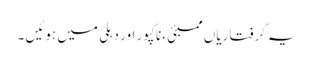
یہ گرفتاریاں ممبئی ،ناگپور اور دہلی میں ہوئیں ۔